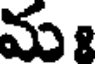
మః